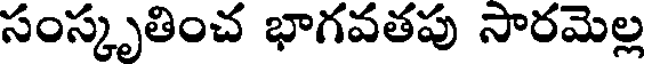
సంస్కృతించ భాగవతపు సారమెల్ల